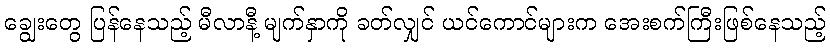
ချွေးတွေ ပြန်နေသည့် မီလာနီ့ မျက်နှာကို ခတ်လျှင် ယင်ကောင်များက အေးစက်ကြီးဖြစ်နေသည့်